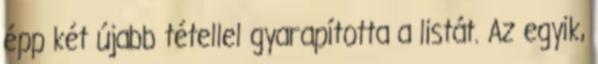
épp két újabb tétellel gyarapította a listát. Az egyik,